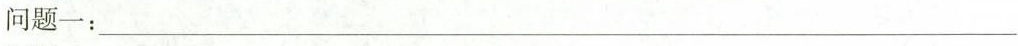
问题一：___